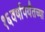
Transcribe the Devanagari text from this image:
१६वर्षापर्यंतच्या